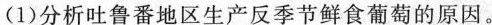
(1)分析吐鲁番地区生产反季节鲜食葡萄的原因。